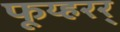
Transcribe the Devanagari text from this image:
फूय्हरर्